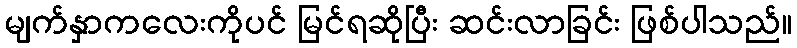
မျက်နှာကလေးကိုပင် မြင်ရဆိုပြီး ဆင်းလာခြင်း ဖြစ်ပါသည်။